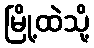
မြို့ထဲသို့